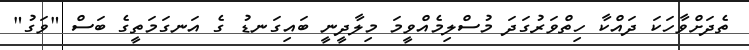
ތެދަށްވާހަކަ ދައްކާ ހިތްވަރުގަދަ މުސްލިމެއްވީމަ މިލާދީނީ ބައިގަނޑު ގެ އަނގަމަތީގެ ބަސް "ވަގު"